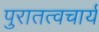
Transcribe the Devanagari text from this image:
पुरातत्वचार्य